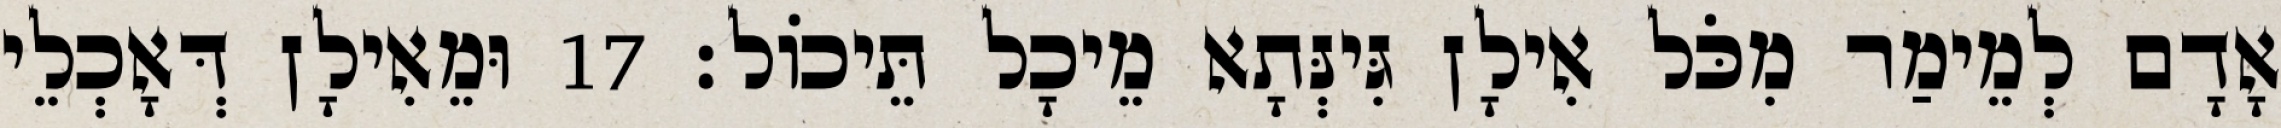
אָדָם לְמֵימַר מִכֹּל אִילָן גִּינְּתָא מֵיכָל תֵּיכוֹל׃ 17 וּמֵאִילָן דְּאָכְלֵי